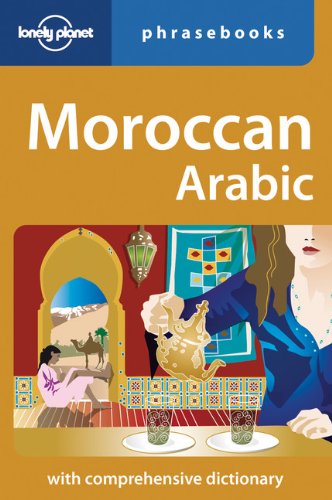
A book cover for Moroccan Arabic: Lonely Planet Phrasebook; Dan Bacon; Travel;